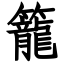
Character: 籠